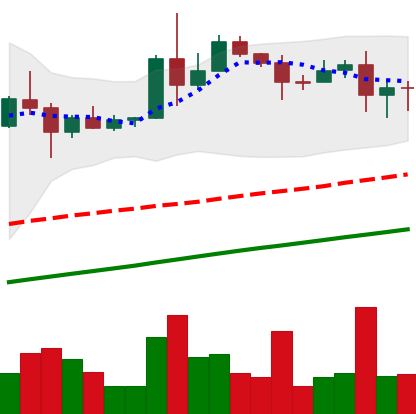
Ticker: XLM-USD
Chart end date: 2020-08-13
Forward return: 6.494%
Label: up_5_7